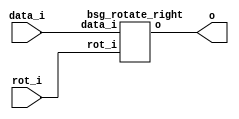


module top
(
  data_i,
  rot_i,
  o
);

  input [15:0] data_i;
  input [3:0] rot_i;
  output [15:0] o;

  bsg_rotate_right
  wrapper
  (
    .data_i(data_i),
    .rot_i(rot_i),
    .o(o)
  );


endmodule



module bsg_rotate_right
(
  data_i,
  rot_i,
  o
);

  input [15:0] data_i;
  input [3:0] rot_i;
  output [15:0] o;
  wire [15:0] o;
  wire sv2v_dc_1,sv2v_dc_2,sv2v_dc_3,sv2v_dc_4,sv2v_dc_5,sv2v_dc_6,sv2v_dc_7,sv2v_dc_8,
  sv2v_dc_9,sv2v_dc_10,sv2v_dc_11,sv2v_dc_12,sv2v_dc_13,sv2v_dc_14,sv2v_dc_15;
  assign { sv2v_dc_1, sv2v_dc_2, sv2v_dc_3, sv2v_dc_4, sv2v_dc_5, sv2v_dc_6, sv2v_dc_7, sv2v_dc_8, sv2v_dc_9, sv2v_dc_10, sv2v_dc_11, sv2v_dc_12, sv2v_dc_13, sv2v_dc_14, sv2v_dc_15, o } = { data_i[14:0], data_i } >> rot_i;

endmodule